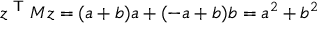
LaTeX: z ^ { \textsf { T } } M z = ( a + b ) a + ( - a + b ) b = a ^ { 2 } + b ^ { 2 }